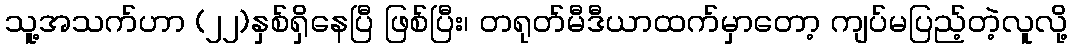
သူ့အသက်ဟာ (၂၂)နှစ်ရှိနေပြီ ဖြစ်ပြီး၊ တရုတ်မီဒီယာထက်မှာတော့ ကျပ်မပြည့်တဲ့လူလို့